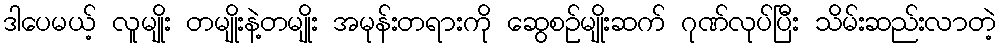
ဒါပေမယ့် လူမျိုး တမျိုးနဲ့တမျိုး အမုန်းတရားကို ဆွေစဉ်မျိုးဆက် ဂုဏ်လုပ်ပြီး သိမ်းဆည်းလာတဲ့